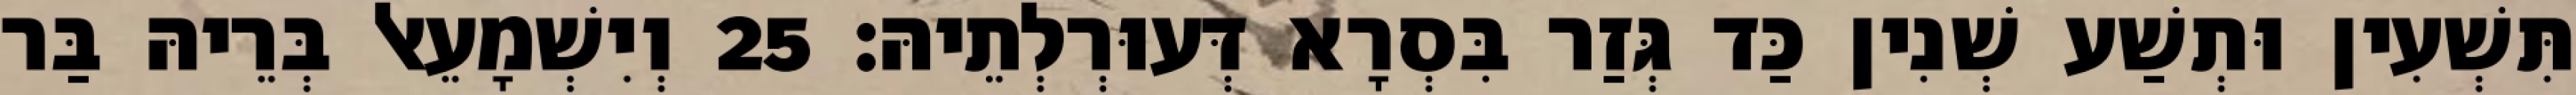
תִּשְׁעִין וּתְשַׁע שְׁנִין כַּד גְּזַר בִּסְרָא דְּעוּרְלְתֵיהּ׃ 25 וְיִשְׁמָעֵאל בְּרֵיהּ בַּר